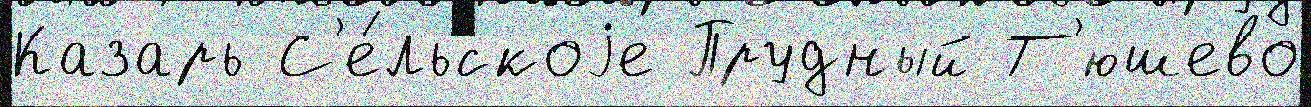
Казарь С'е́льскоjе Прудный Т'юшево